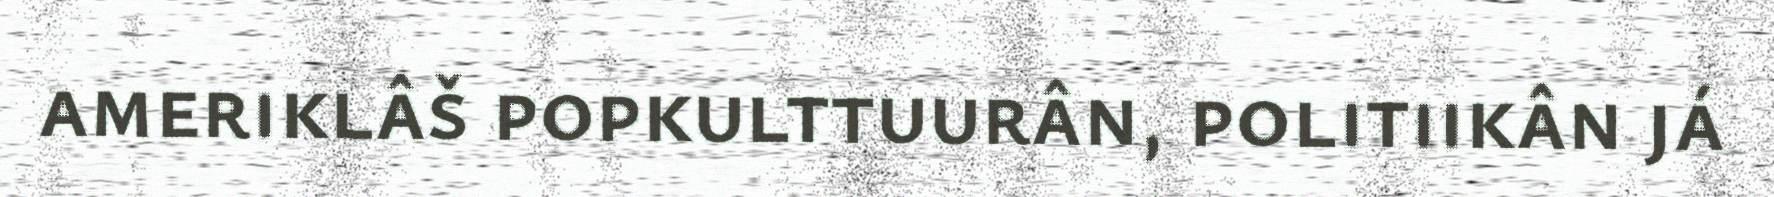
ameriklâš popkulttuurân, politiikân já